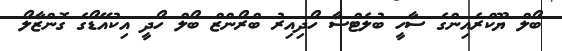
ބޯލް ޔޫކްރެއިންގެ ސާހީ ބުލެޓްސާ ހޯދިއިރު ބްރޯންޒް ބޯލް ހޯދީ އިކުއޭޑޯގެ ގޮންޒާލޯ